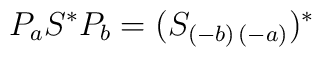
P_{a}S^{\ast }P_{b}=(S_{(-b)\,(-a)})^{\ast }